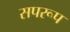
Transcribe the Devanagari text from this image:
सपरूप